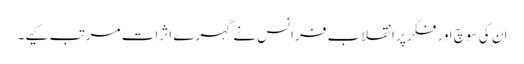
ان کی سوچ اور فکر پر انقلاب فرانس نے گہرے اثرات مرتب کیے۔